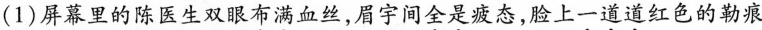
(1)屏幕里的陈医生双眼布滴血丝，周宇间全是态，验上一道道红色的勒痕